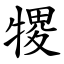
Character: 㹄